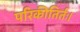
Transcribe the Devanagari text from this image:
परिकीतिर्तः।